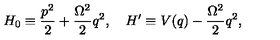
H _ { 0 } \equiv { \frac { p ^ { 2 } } { 2 } } + { \frac { \Omega ^ { 2 } } { 2 } } q ^ { 2 } , \quad H ^ { \prime } \equiv V ( q ) - { \frac { \Omega ^ { 2 } } { 2 } } q ^ { 2 } ,